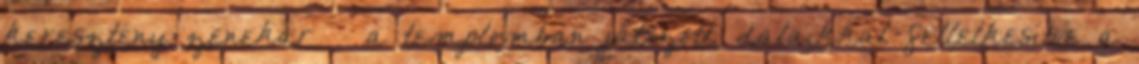
keresztény zenekar – a templomban játszott, dalaikkal fellelkesítve a